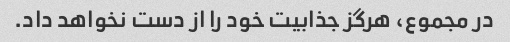
در مجموع، هرگز جذابیت خود را از دست نخواهد داد.